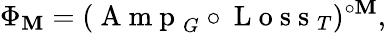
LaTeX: \Phi_{\mathbf{M}}=(\mathrm{{~A~m~p~}}_{G}\circ\mathrm{{~L~o~s~s~}}_{T})^{\circ\mathbf{M}},